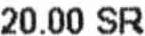
20.00 SR